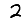
Digit: 2